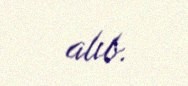
alıb.